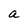
Character: a